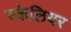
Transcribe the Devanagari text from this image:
स्केलियर